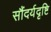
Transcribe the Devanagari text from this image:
सौंदर्यदृष्टि